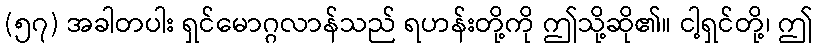
(၅၇) အခါတပါး ရှင်မောဂ္ဂလာန်သည် ရဟန်းတို့ကို ဤသို့ဆို၏။ ငါ့ရှင်တို့၊ ဤ